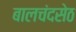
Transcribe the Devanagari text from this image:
बालचंदसेठ